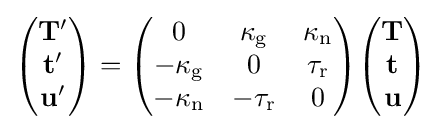
{\begin{pmatrix}\mathbf {T} '\\\mathbf {t} '\\\mathbf {u} '\end{pmatrix}}={\begin{pmatrix}0&\kappa _{\mathrm {g} }&\kappa _{\mathrm {n} }\\-\kappa _{\mathrm {g} }&0&\tau _{\mathrm {r} }\\-\kappa _{\mathrm {n} }&-\tau _{\mathrm {r} }&0\end{pmatrix}}{\begin{pmatrix}\mathbf {T} \\\mathbf {t} \\\mathbf {u} \end{pmatrix}}